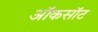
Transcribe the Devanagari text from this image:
ऑकसॉट